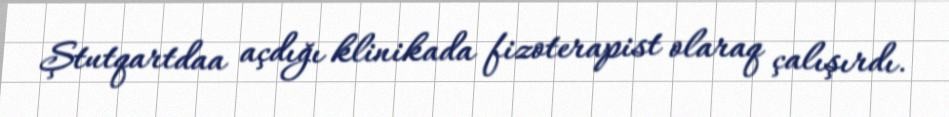
Ştutqartdaa açdığı klinikada fizoterapist olaraq çalışırdı.